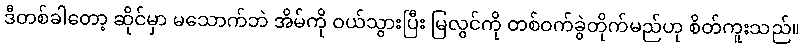
ဒီတစ်ခါတော့ ဆိုင်မှာ မသောက်ဘဲ အိမ်ကို ဝယ်သွားပြီး မြလွင်ကို တစ်ဝက်ခွဲတိုက်မည်ဟု စိတ်ကူးသည်။